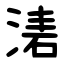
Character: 湱